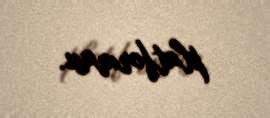
platforması.